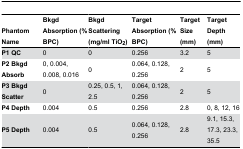
| Phantom Name | Bkgd Absorption (% BPC) | Bkgd Scattering (mg/ml TiO2) | Target Absorption (% BPC) | Target Size (mm) | Target Depth (mm) |
 | --- | --- | --- | --- | --- | --- |
 | P1 QC | 0 | 0 | 0.256 | 3.2 | 5 |
 | P2 Bkgd Absorb | 0, 0.004, 0.008, 0.016 | 0 | 0.064, 0.128, 0.256 | 2 | 5 |
 | P3 Bkgd Scatter | 0 | 0.25, 0.5, 1, 2.5 | 0.064, 0.128, 0.256 | 2 | 5 |
 | P4 Depth | 0.004 | 0.5 | 0.256 | 2.8 | 0, 8, 12, 16 |
 | P5 Depth | 0.004 | 0.5 | 0.064, 0.128, 0.256 | 2.8 | 9.1, 15.3, 17.3, 23.3, 35.5 |